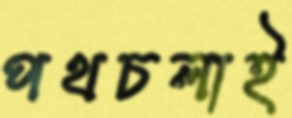
পথচলাই